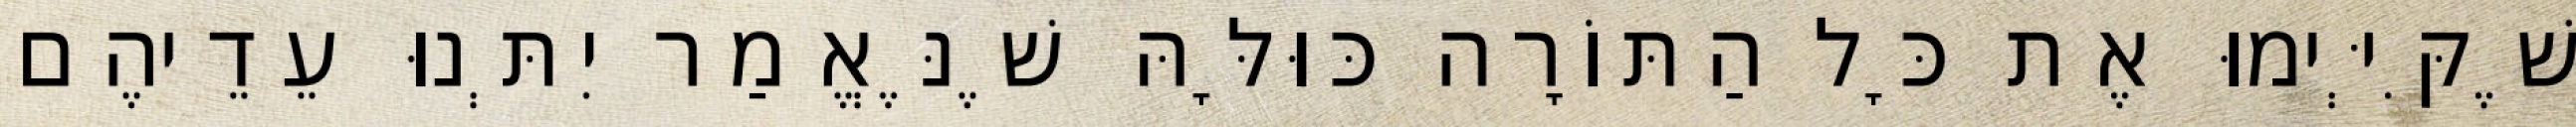
שֶׁקִּיְּימוּ אֶת כָּל הַתּוֹרָה כּוּלָּהּ שֶׁנֶּאֱמַר יִתְּנוּ עֵדֵיהֶם